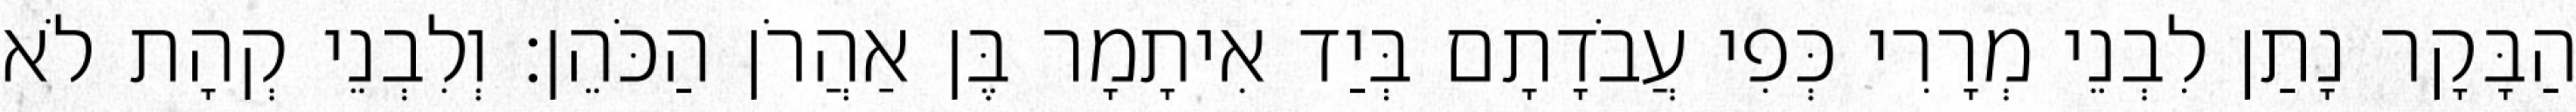
הַבָּקָר נָתַן לִבְנֵי מְרָרִי כְּפִי עֲבֹדָתָם בְּיַד אִיתָמָר בֶּן אַהֲרֹן הַכֹּהֵן׃ וְלִבְנֵי קְהָת לֹא